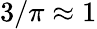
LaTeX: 3/\pi\approx 1